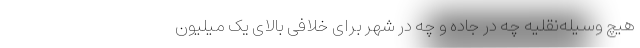
هیچ وسیله‌نقلیه چه در جاده و چه در شهر برای خلافی بالای یک میلیون